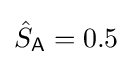
{\hat {S}}_{\mathsf {A}}=0.5